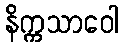
နိက္ကသာဝေါ